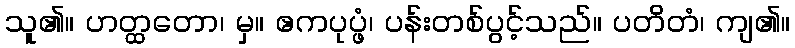
သူ၏။ ဟတ္ထတော၊ မှ။ ဧကပုပ္ဖံ၊ ပန်းတစ်ပွင့်သည်။ ပတိတံ၊ ကျ၏။